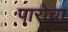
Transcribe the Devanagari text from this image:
पारोचा